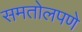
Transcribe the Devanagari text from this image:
समतोलपणे